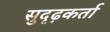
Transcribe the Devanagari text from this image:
सुदृढ़कर्ता